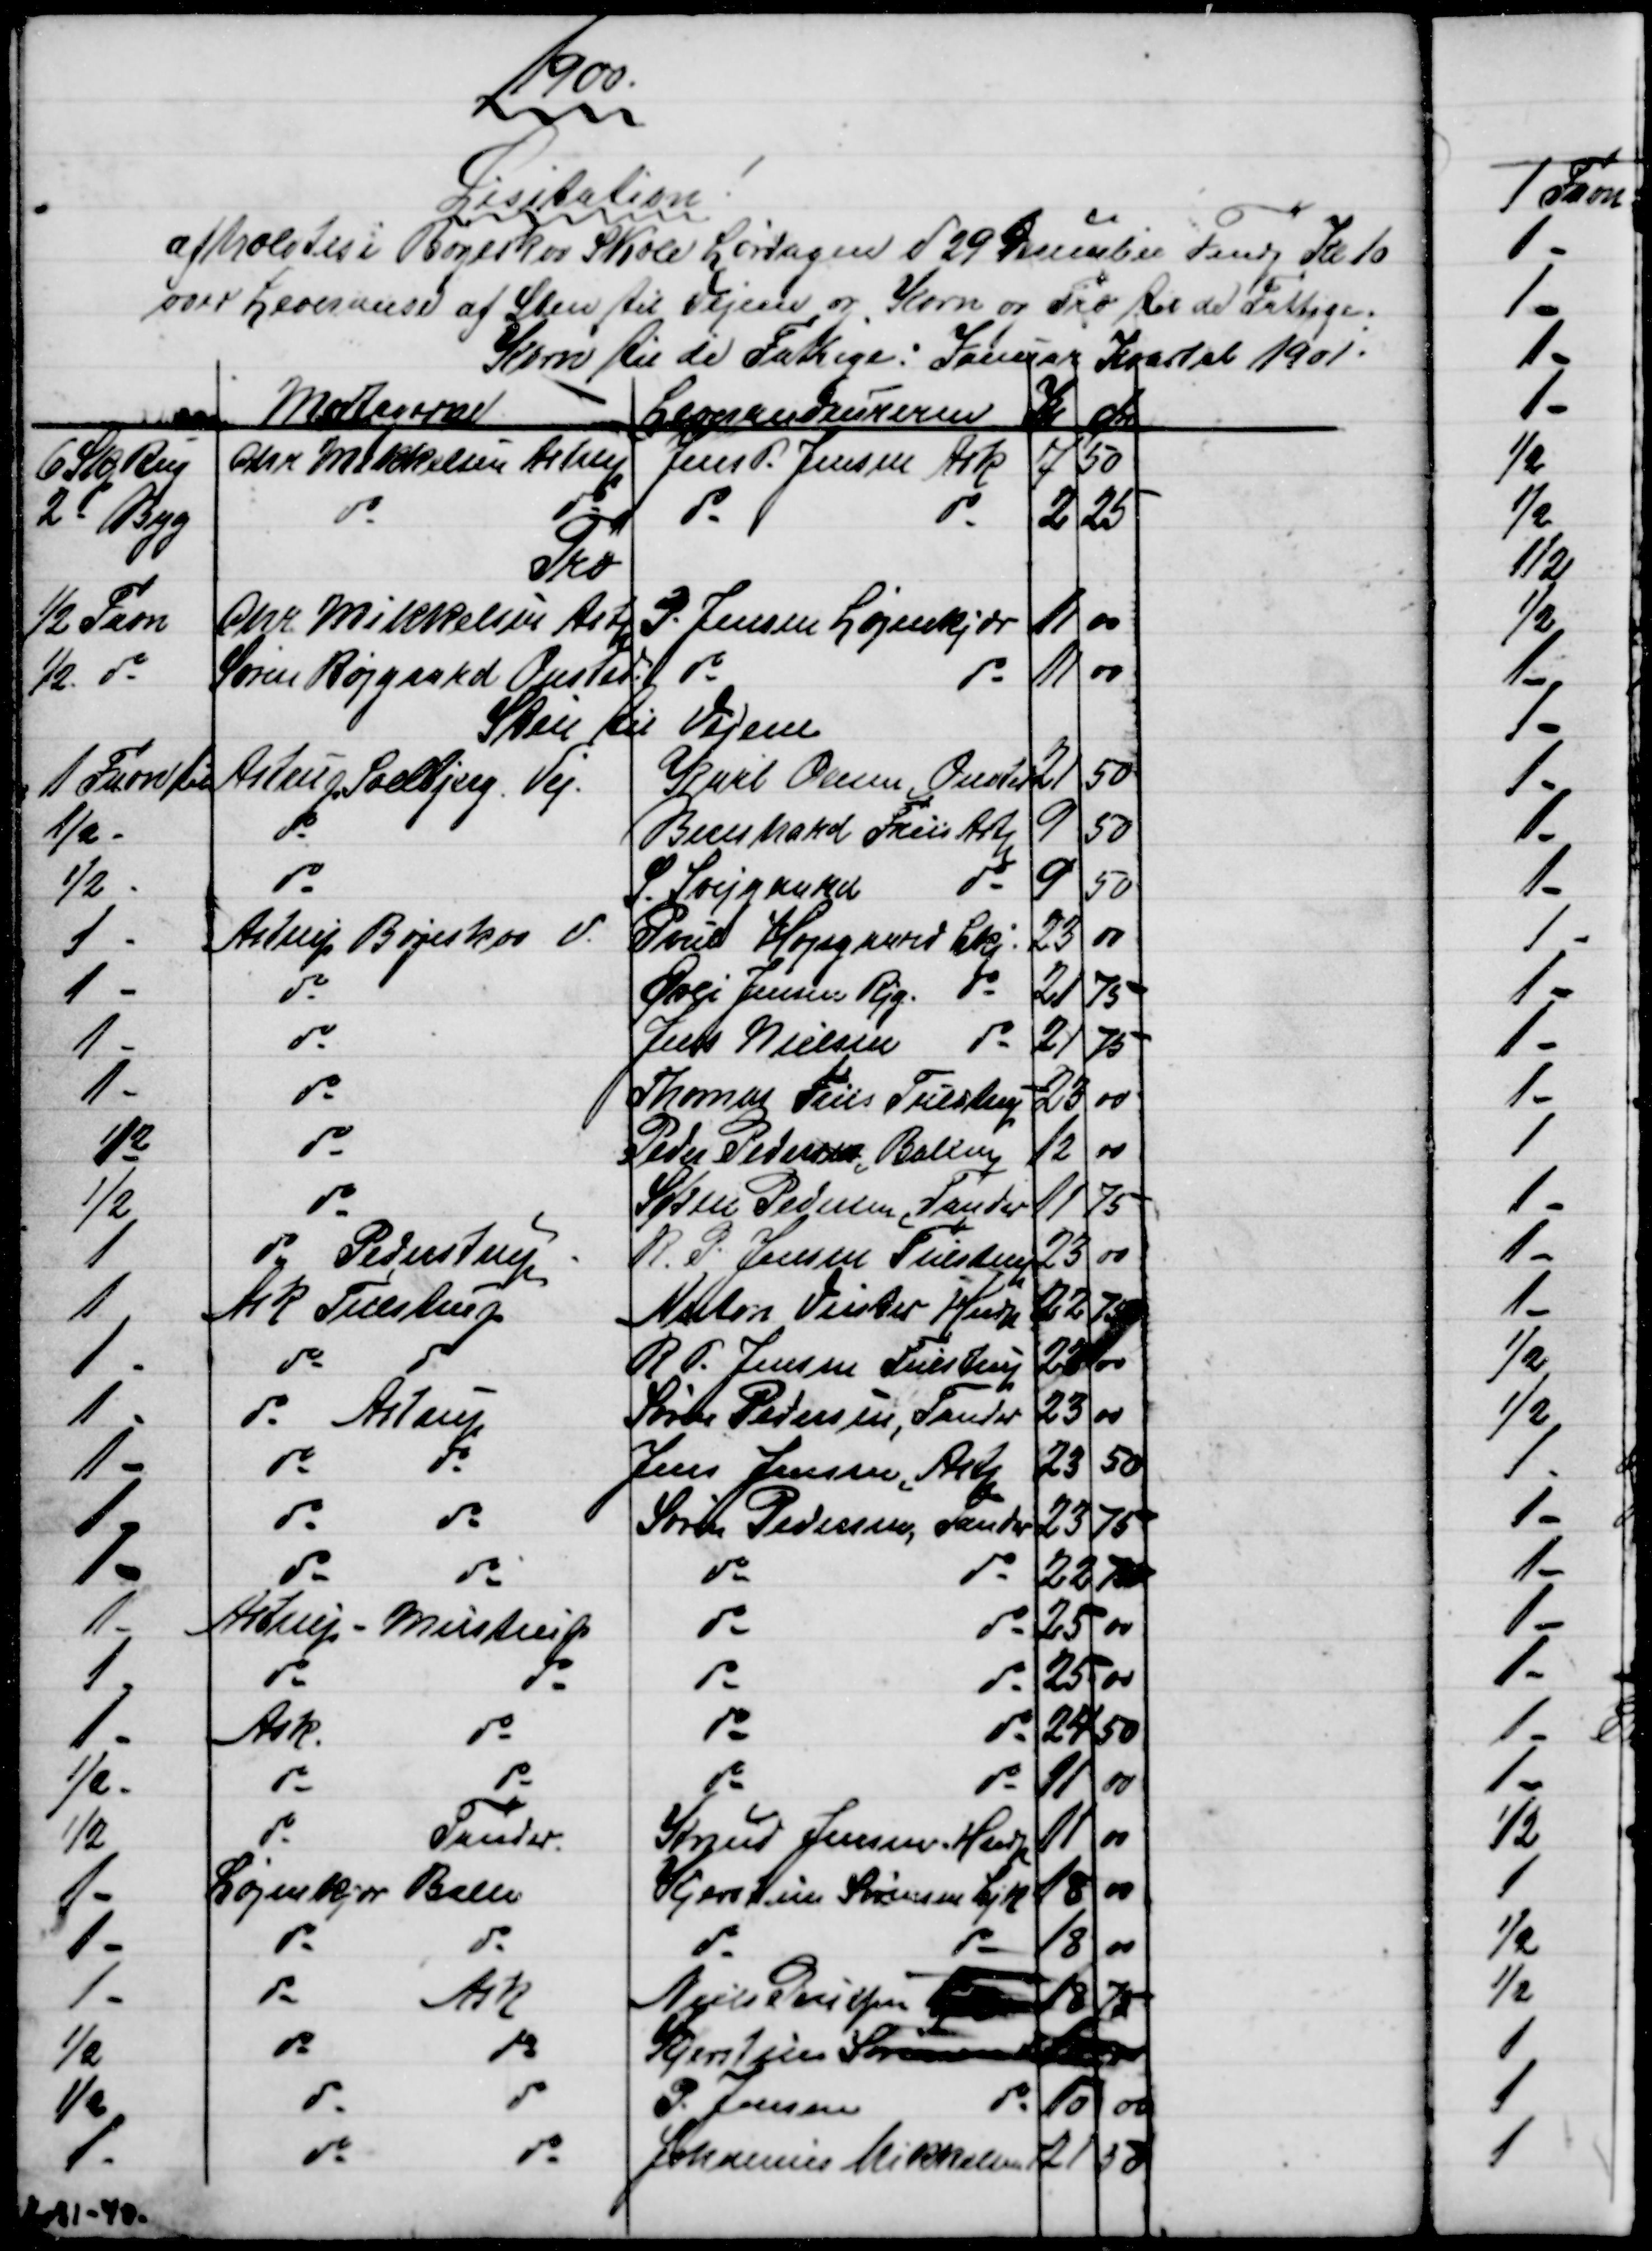
Transskription:
1900.
Lisitation
afholdtes i Bøgeskov Skole Lørdagen d 29 December Fmdg Kl 10
over Leveranse af Sten til Vejene og Korn og Træ til de Fattige.
Korn til de Fattige: Januar Kvartal 1901.
Modtagerne
Leverandeurerne
Kr
Øre
6 Skp Rug
Chr Mikkelsen Astrup
Jens P. Jensen Ask
7
50
2 - Byg
do
do
do
do
2
25
Træ
½ Favn
Chr. Mikkelsen Astp
P. Jensen og Løjenkjær
11
00
½ do
Søren Røjgaard Onsted
do
do
11
00
Sten til Vejene
1 Favn til
Astrup  Soelbjerg. Vej.
Karl Olesen Onsted
21
50
½ -
do
Bernhard Friis Astp
9
50
½ -
do
S. Svejgaard
do
9
50
1 -
Astrup Bøgeskov V.
Poul Højsgaard Lkj:
23
00
1 -
do
Øvli Jensen Rjg. do
21
75
1 -
do
Jens Nielsen do
21
75
1 -
do
Thomas Friis Tulstrup
23
00
½
do
Peder Pedersen, Ballen
12
00
½
do
Søren Pedersen, Tander
11
75
1
do Pederstrup
R. P. Jensen Tulstrup
23
00
1
Ask Tulstrup
Anton Vinter Hndp
22
75
1 -
do
do
R. P. Jensen Tulstrup
23
00
1 -
do Astrup
Søren Pedersen, Tander
23
00
1 -
do
do
Jens Jensen, Astp
23
50
1 -
do
do
Søren Pedersen, Tander
23
75
1 -
do
do
do
do
22
75
1 -
Astrup - Mustrup
do
do
25
00
1 -
do
do
do
do
25
00
1 -
Ask
do
do
do
24
50
½ -
do
do
do
do
11
00
½
do
Tander
Knud Jensen. Hndp
11
00
1 -
Løjenkjær Balle
Kjerstine Sørensen Ljk
18
00
1 -
do
do
do
do
18
00
1 -
do
Ask
Niels Poulsen 
18
75
½
do
do
Kjerstine Sørensen

½
do
do
P. Jensen
do
10
00
1 -
do
do
Johannes Mikkelsen
21
50